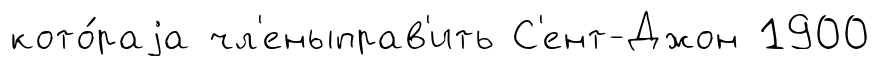
кото́раjа чл'еныправ'ить С'ент-Джон 1900